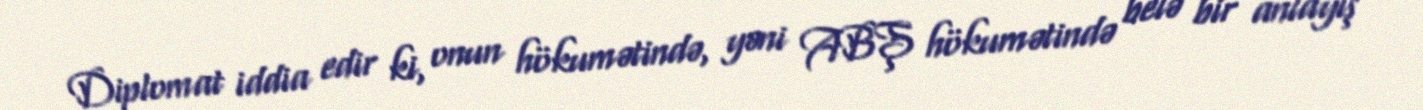
Diplomat iddia edir ki, onun hökumətində, yəni ABŞ hökumətində belə bir anlayış